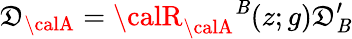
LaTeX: \mathfrak{D}_{{\calA}}={\calR}_{{\calA}}{}^{{\cal\mathit{B}}}(z;g)\mathfrak{D}_{{\cal\mathit{B}}}^{\prime}